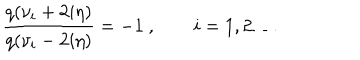
LaTeX: \frac { q ( \nu _ { i } + 2 i \eta ) } { q ( \nu _ { i } - 2 i \eta ) } = - 1 ~ , \qquad i = 1 , 2 \dots